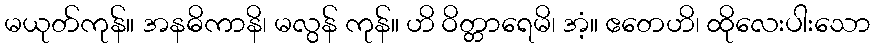
မယုတ်ကုန်။ အနဓိကာနိ၊ မလွန် ကုန်။ ဟိ ဝိတ္တာရေမိ၊ အံ့။ ဧတေဟိ၊ ထိုလေးပါးသော